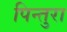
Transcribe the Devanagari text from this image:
पिन्तुरा